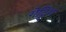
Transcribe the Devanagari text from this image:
गेट्टिंग